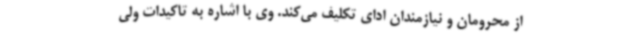
از محرومان و نیازمندان ادای تکلیف می‌کند. وی با اشاره به تاکیدات ولی